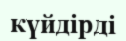
күйдірді